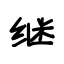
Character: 继